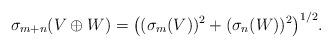
LaTeX: \begin{gather*}\sigma_{m+n}(V \oplus W)=\big((\sigma_m(V))^2+(\sigma_n(W))^2\big)^{1/2}.\end{gather*}